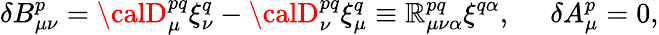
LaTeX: {\delta}B_{\mu\nu}^{p}={\calD}_{\mu}^{pq}{\xi}_{\nu}^{q}-{\calD}_{\nu}^{pq}{\xi}_{\mu}^{q}\equiv\mathbb{R}_{\mu\nu\alpha}^{pq}{\xi}^{q\alpha},\, \, \, \, \, \, \, \, {\delta}A_{\mu}^{p}=0,